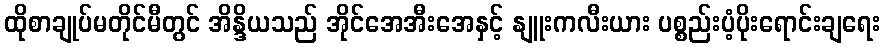
ထိုစာချုပ်မတိုင်မီတွင် အိန္ဒိယသည် အိုင်အေအီးအေနှင့် နျူးကလီးယား ပစ္စည်းပံ့ပိုးရောင်းချရေး